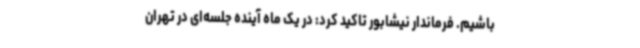
باشیم. فرماندار نیشابور تاکید کرد: در یک ماه آینده جلسه‌ای در تهران